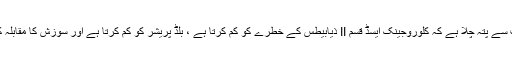
مطالعات سے پتہ چلا ہے کہ کلوروجینک ایسڈ قسم II ذیابیطس کے خطرے کو کم کرتا ہے ، بلڈ پریشر کو کم کرتا ہے اور سوزش کا مقابلہ کرتا ہے۔